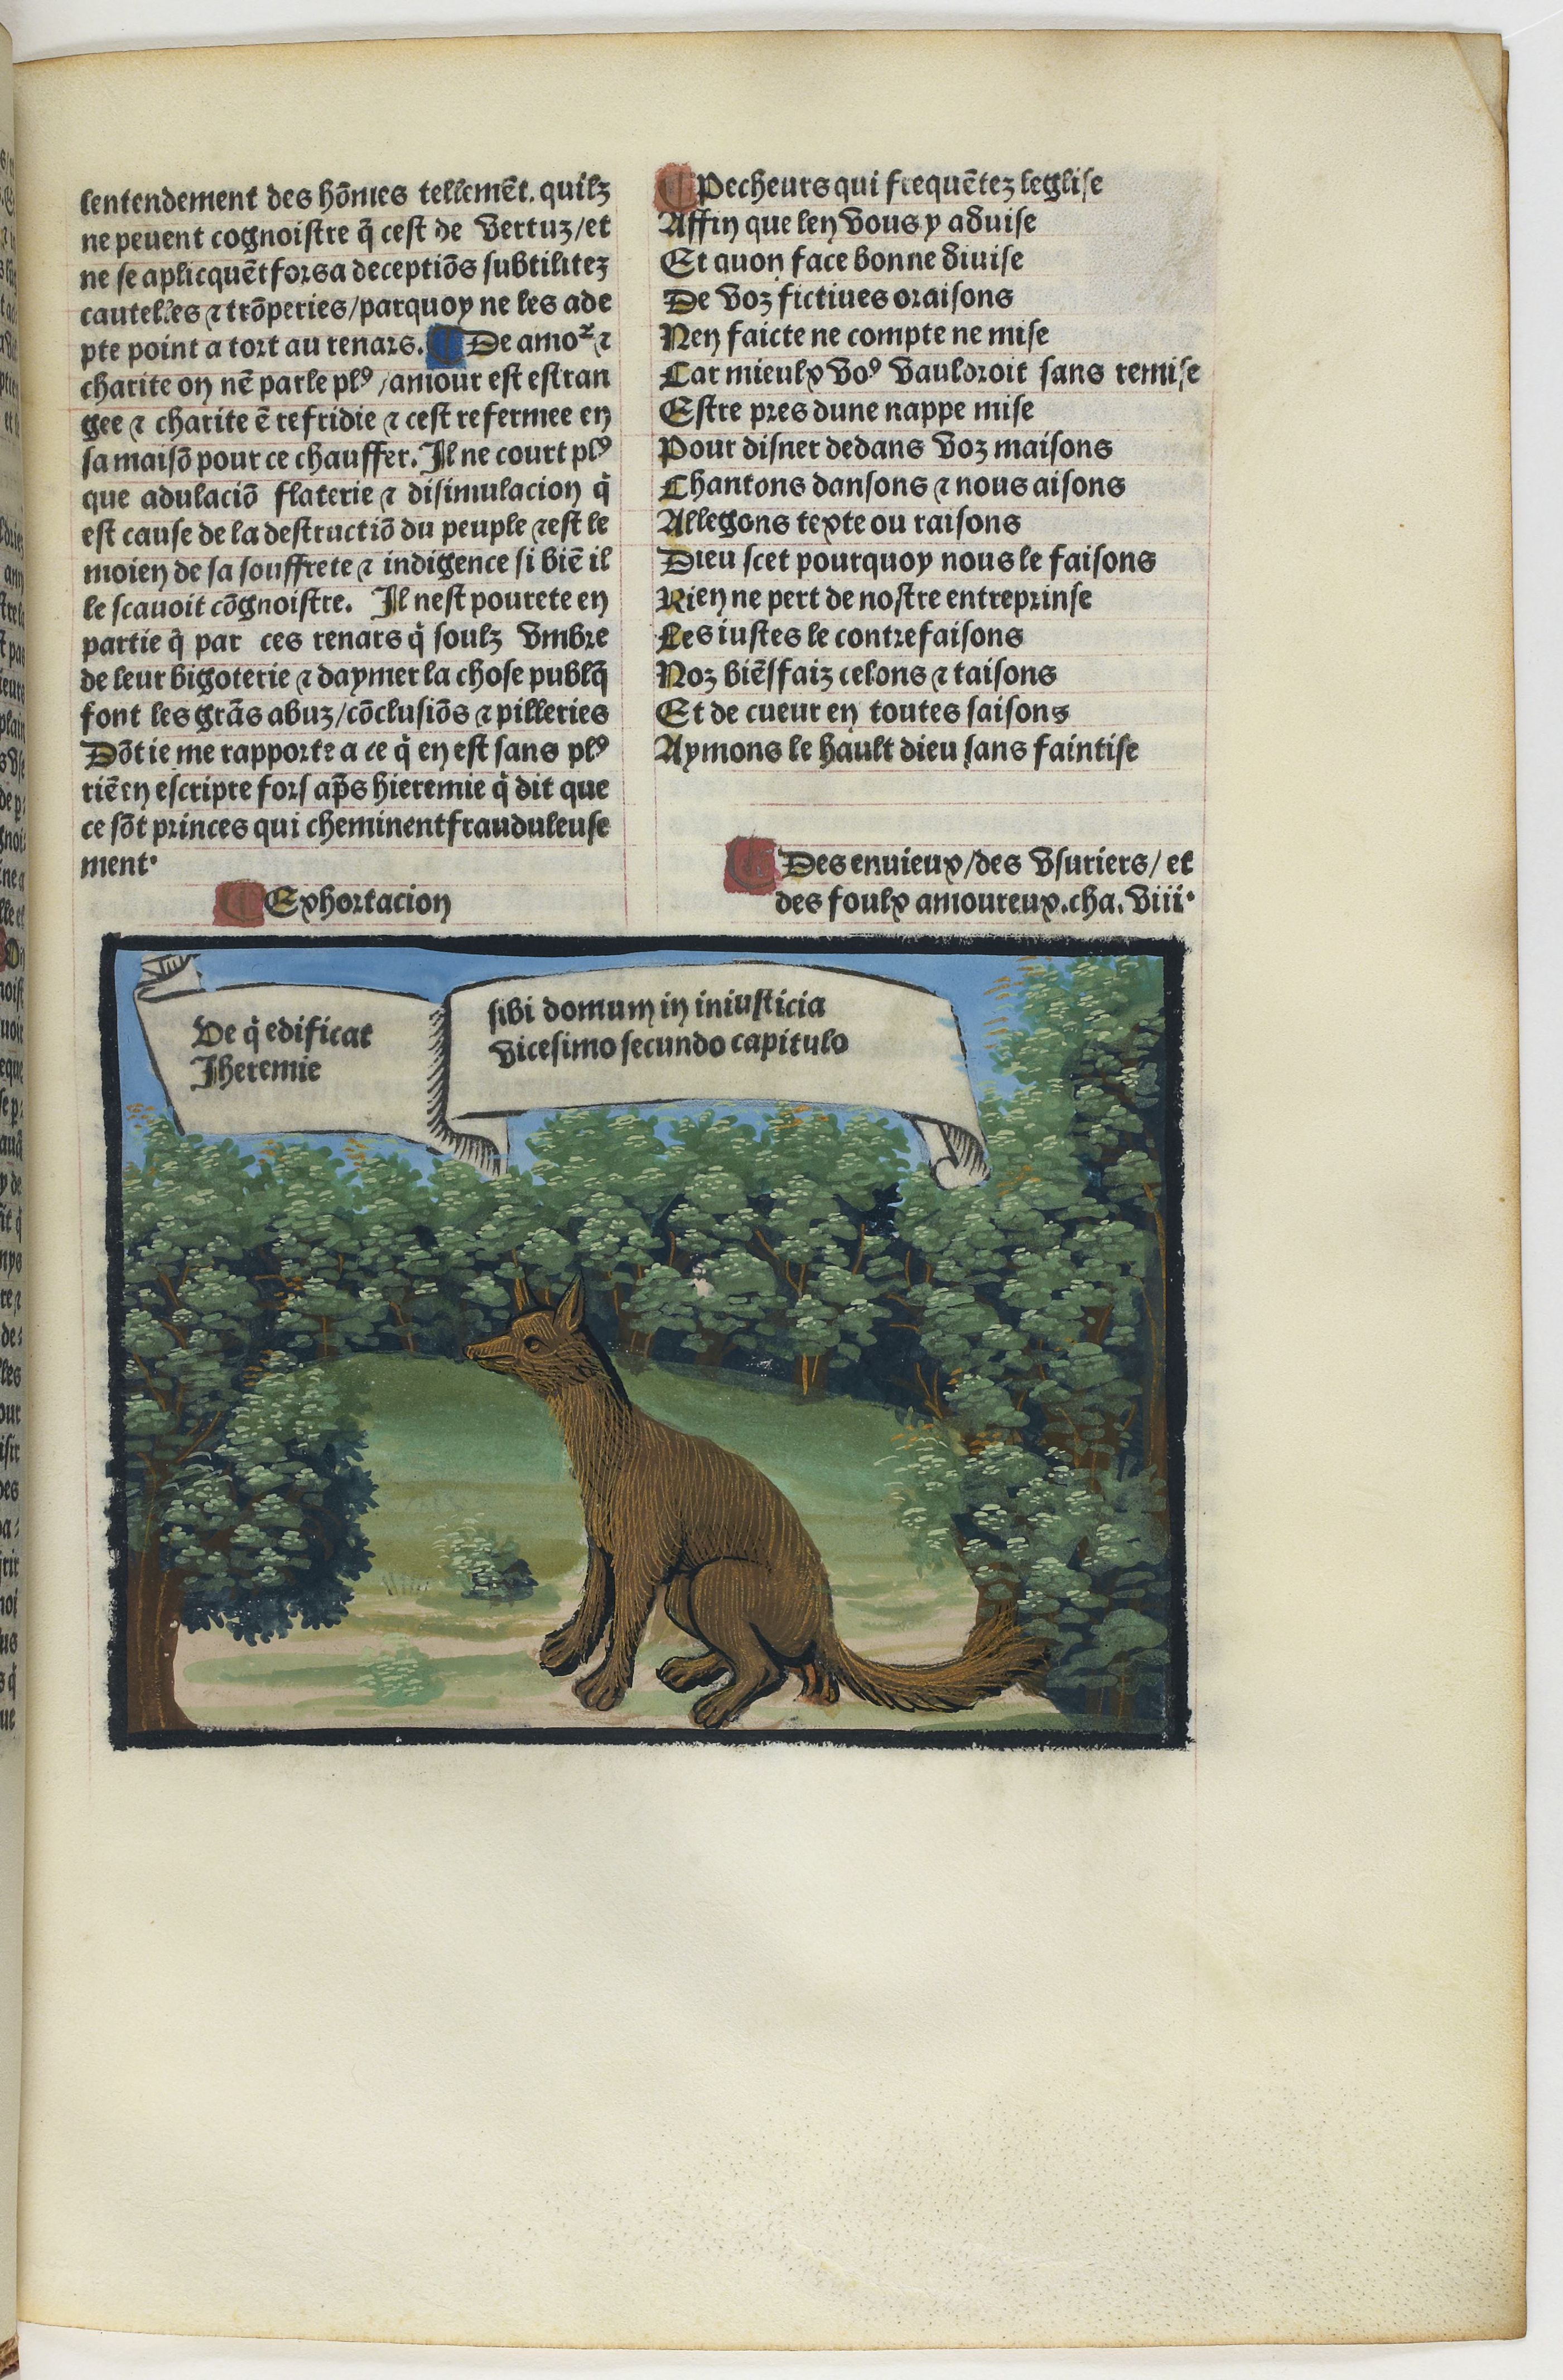
Shelfmark: Paris, BnF, Velins 1103
Century: 16